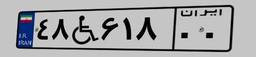
۴۸W۶۱۸۰۰